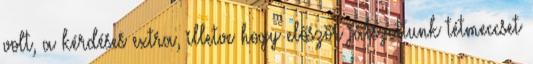
volt, a kérdéses extra, illetve hogy először játszottunk tétmeccset